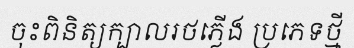
ចុះពិនិត្យក្បាលរថភ្លើង ប្រភេទថ្មី